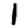
Digit: 1